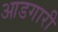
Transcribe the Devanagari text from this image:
आडगारी